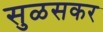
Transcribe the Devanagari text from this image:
सुळसकर